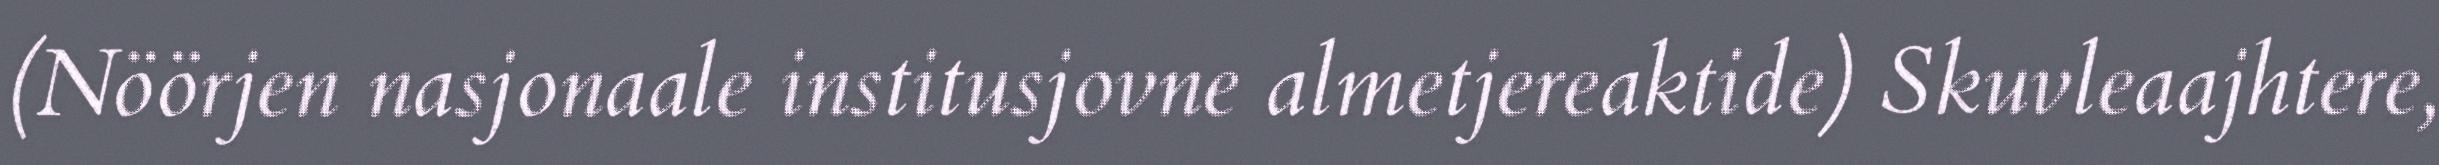
(Nöörjen nasjonaale institusjovne almetjereaktide) Skuvleaajhtere,